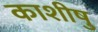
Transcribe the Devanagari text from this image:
काशीषु